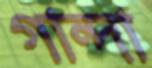
গান্দা